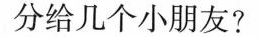
分给几个小朋友?